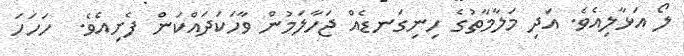
ލޯ އަޅާލިއެވެ. އަދި މަލާމާތުގެ ހިނިގަނޑެއް ޖަހާލަމުން ވާހަކަދައްކަން ފެށިއެވެ.  ހަހަހަ